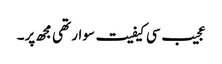
عجیب سی کیفیت سوار تھی مجھ پر۔